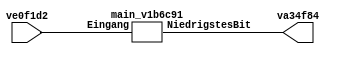
// Code generated by Icestudio 0.10

`default_nettype none

//---- Top entity
module main (
 input [31:0] ve0f1d2,
 output va34f84
);
 wire [0:31] w0;
 wire w1;
 assign w0 = ve0f1d2;
 assign va34f84 = w1;
 main_v1b6c91 v1b6c91 (
  .Eingang(w0),
  .NiedrigstesBit(w1)
 );
endmodule

//---------------------------------------------------
//-- ErstesBit
//-- - - - - - - - - - - - - - - - - - - - - - - - --
//-- Gibt das erste (= niedrigste) Bit weiter
//---------------------------------------------------

module main_v1b6c91 (
 input [31:0] Eingang,
 output NiedrigstesBit
);
 assign NiedrigstesBit = Eingang[0];
endmodule